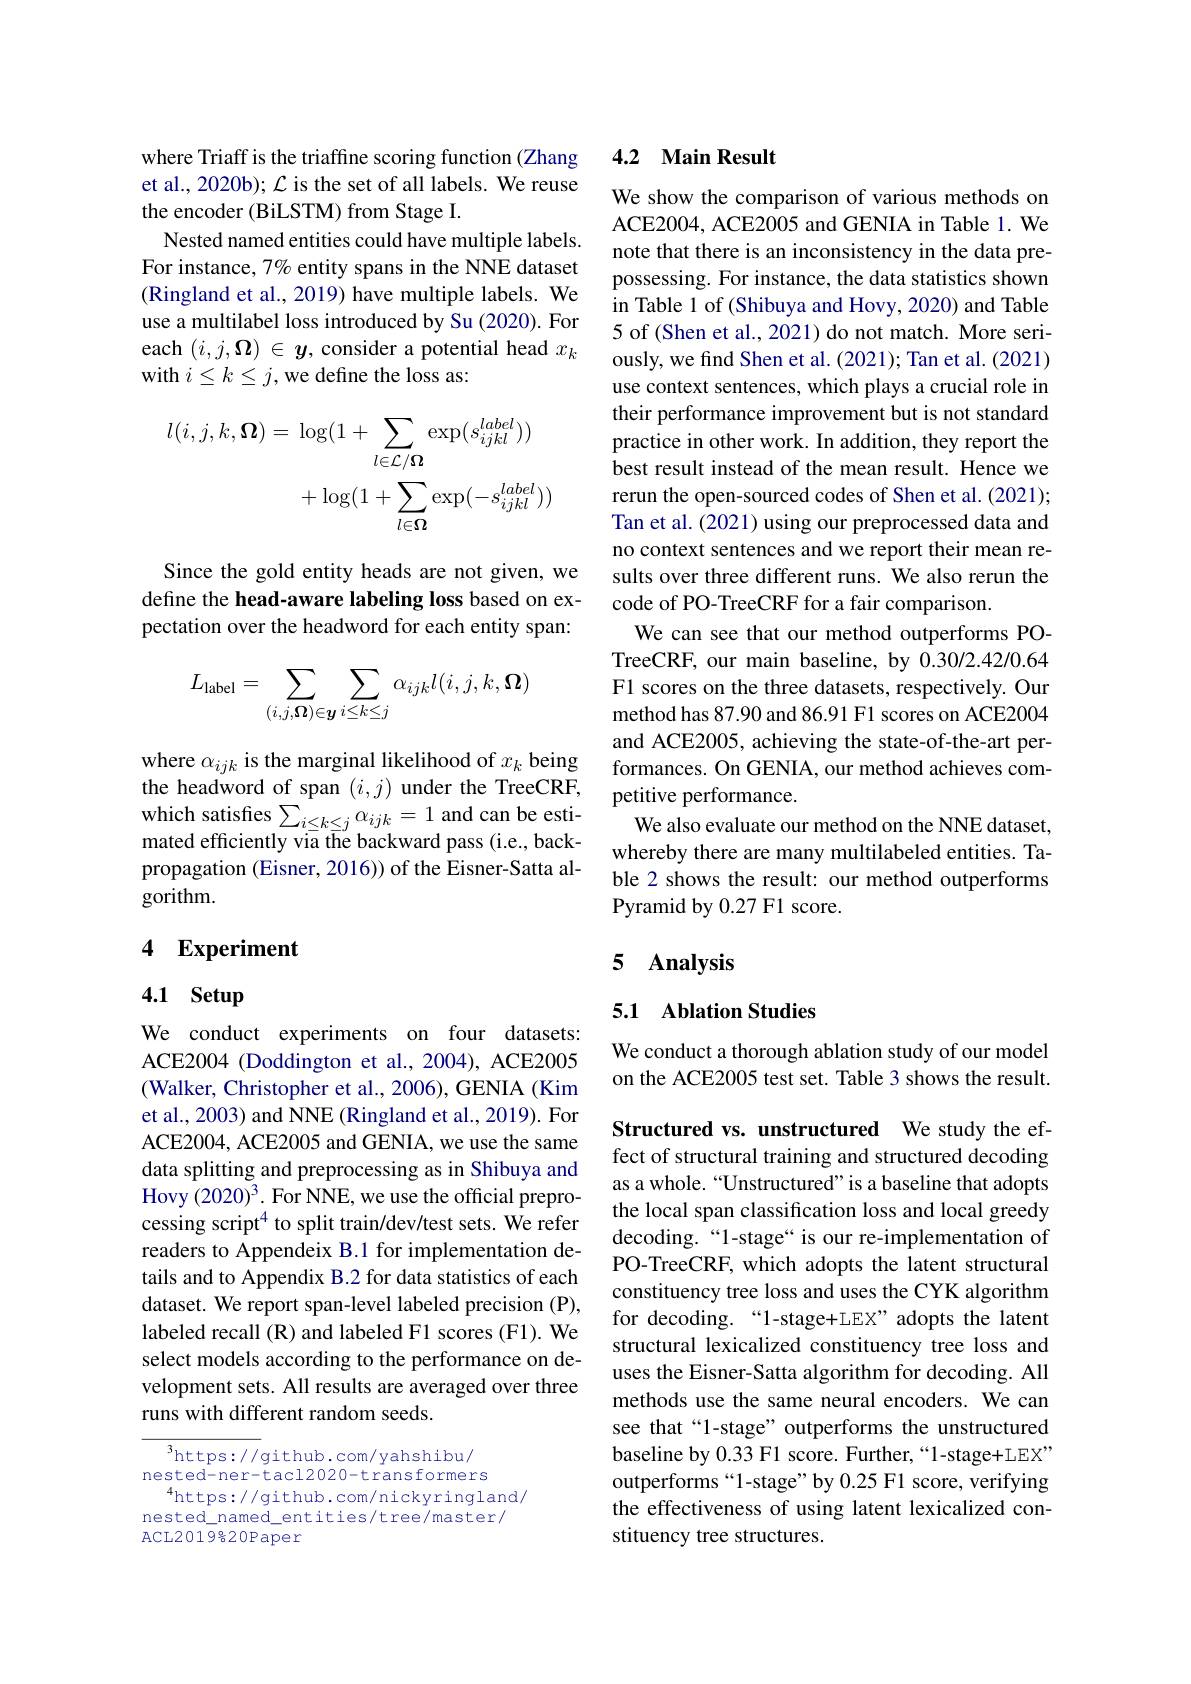
where Triaff is the triaffine scoring function (Zhang et al., 2020b); $\mathcal{L}$ is the set of all labels. We reuse the encoder (BiLSTM) from Stage I.
Nested named entities could have multiple labels. For instance, $7\%$ entity spans in the NNE dataset (Ringland et al., 2019) have multiple labels. We use a multilabel loss introduced by Su (2020). For each $(i,j,\Omega)\in y$,consider a potential head $x_k$ with $i\leq k\leq j$,we define the loss as:
$$\begin{aligned}l(i,j,k,\boldsymbol{\Omega})&=\:\log(1+\sum_{l\in\mathcal{L}/\boldsymbol{\Omega}}\exp(s_{ijkl}^{label}))\\&+\log(1+\sum_{l\in\boldsymbol{\Omega}}\exp(-s_{ijkl}^{label}))\end{aligned}$$
Since the gold entity heads are not given, we define the head-aware labeling loss based on expectation over the headword for each entity span:
$$L_{\mathrm{label}}=\sum_{(i,j,\boldsymbol{\Omega})\in\boldsymbol{y}}\sum_{i\leq k\leq j}\alpha_{ijk}l(i,j,k,\boldsymbol{\Omega})$$
where $\alpha_{ijk}$ is the marginal likelihood of $x_k$ being mated efficiently viā tīe backward pass (i.e., backpropagation (Eisner, 2016)) of the Eisner-Satta algorithm.

## 4 Experiment

## 4.1 Setup

We conduct experiments on four datasets: ACE2004 (Doddington et al., 2004), ACE2005 (Walker, Christopher et al., 2006), GENIA (Kim et al., 2003) and NNE (Ringland et al., 2019). For ACE2004, ACE2005 and GENIA, we use the same data splitting and preprocessing as in Shibuya and Hovy (2020)$^3.$ For NNE, we use the official preprocessing script$^{4}$ to split train/dev/test sets. We refer readers to Appendeix B.1 for implementation details and to Appendix B.2 for data statistics of each dataset. We report span-level labeled precision (P), labeled recall (R) and labeled F1 scores (F1). We select models according to the performance on development sets. All results are averaged over three runs with different random seeds.

$^3$https://github.com/yahshibu/ nested-ner-tacl2020-transformers
$^{4}$https://github.com/nickyringland/
nested\_named\_entities/tree/master/
ACL2019%20Paper

### 4.2 Main Result

We show the comparison of various methods on ACE2004, ACE2005 and GENIA in Table 1. We note that there is an inconsistency in the data prepossessing. For instance, the data statistics shown in Table 1 of (Shibuya and Hovy, 2020) and Table 5 of (Shen et al., 2021) do not match. More seriously, we find Shen et al. (2021); Tan et al. (2021) use context sentences, which plays a crucial role in their performance improvement but is not standard practice in other work. In addition, they report the best result instead of the mean result. Hence we rerun the open-sourced codes of Shen et al. (2021); Tan et al. (2021) using our preprocessed data and no context sentences and we report their mean results over three different runs. We also rerun the code of PO-TreeCRF for a fair comparison.
We can see that our method outperforms POTreeCRF, our main baseline, by 0.30/2.42/0.64 F1 scores on the three datasets, respectively. Our method has 87.90 and 86.91 F1 scores on ACE2004 and ACE2005, achieving the state-of-the-art performances. On GENIA, our method achieves com-
the headword of span $( i, j)$ under the TreeCRF, which satisfies $\sum _{i\leq k\leq j}\alpha _{ijk}= 1$ and can be esti- We also evaluate ous
We also evaluate our method on the NNE dataset, whereby there are many multilabeled entities. Table 2 shows the result: our method outperforms ${\mathrm{Pyramidby~0.27~F1~score.}}$

## 5 Analysis

## 5.1 Ablation Studies

We conduct a thorough ablation study of our model on the ACE2005 test set. Table 3 shows the result.

Structured vs. unstructured We study the effect of structural training and structured decoding as a whole.“Unstructured”is a baseline that adopts the local span classification loss and local greedy decoding.“1-stage“ is our re-implementation of PO-TreeCRF, which adopts the latent structural constituency tree loss and uses the CYK algorithm for decoding.“1-stage+LEX”adopts the latent structural lexicalized constituency tree loss and uses the Eisner-Satta algorithm for decoding. All methods use the same neural encoders. We can see that“1-stage” outperforms the unstructured baseline by 0.33 F1 score. Further,“1-stage+LEX” outperforms“1-stage”by 0.25 Fl score, verifying the effectiveness of using latent lexicalized constituency tree structures.